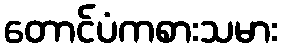
တောင်ပံကစားသမား